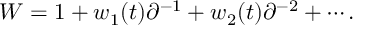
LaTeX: W = 1 + w _ { 1 } ( t ) \partial ^ { - 1 } + w _ { 2 } ( t ) \partial ^ { - 2 } + \cdots .